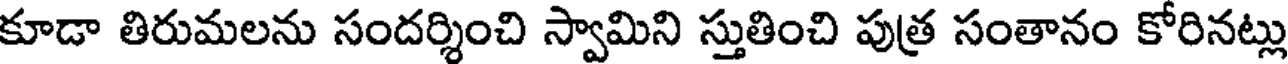
కూడా తిరుమలను సందర్శించి స్వామిని స్తుతించి పుత్ర సంతానం కోరినట్లు